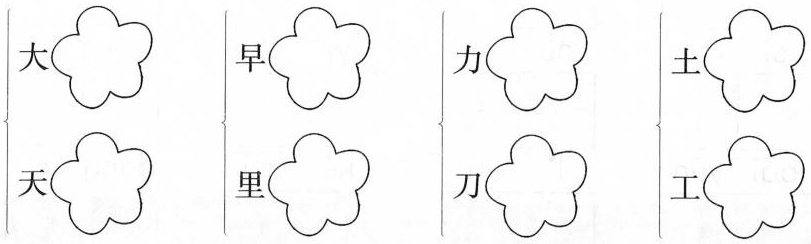
\left\{\begin{matrix}大\\天\end{matrix}\right.\left\{\begin{matrix}早\\里\end{matrix}\right.\left\{\begin{matrix}力\\刀\end{matrix}\right.\left\{\begin{matrix}土\\工\end{matrix}\right.